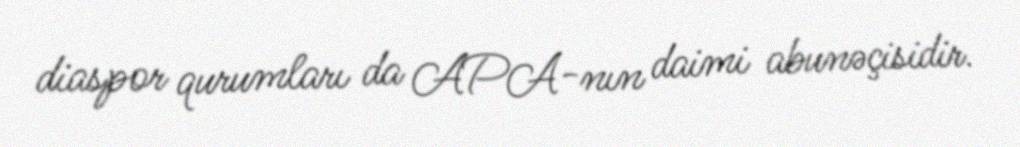
diaspor qurumları da APA-nın daimi abunəçisidir.